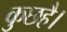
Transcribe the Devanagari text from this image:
कुछहै।